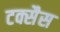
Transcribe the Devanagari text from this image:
टक्सैस